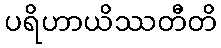
ပရိဟာယိဿတီတိ